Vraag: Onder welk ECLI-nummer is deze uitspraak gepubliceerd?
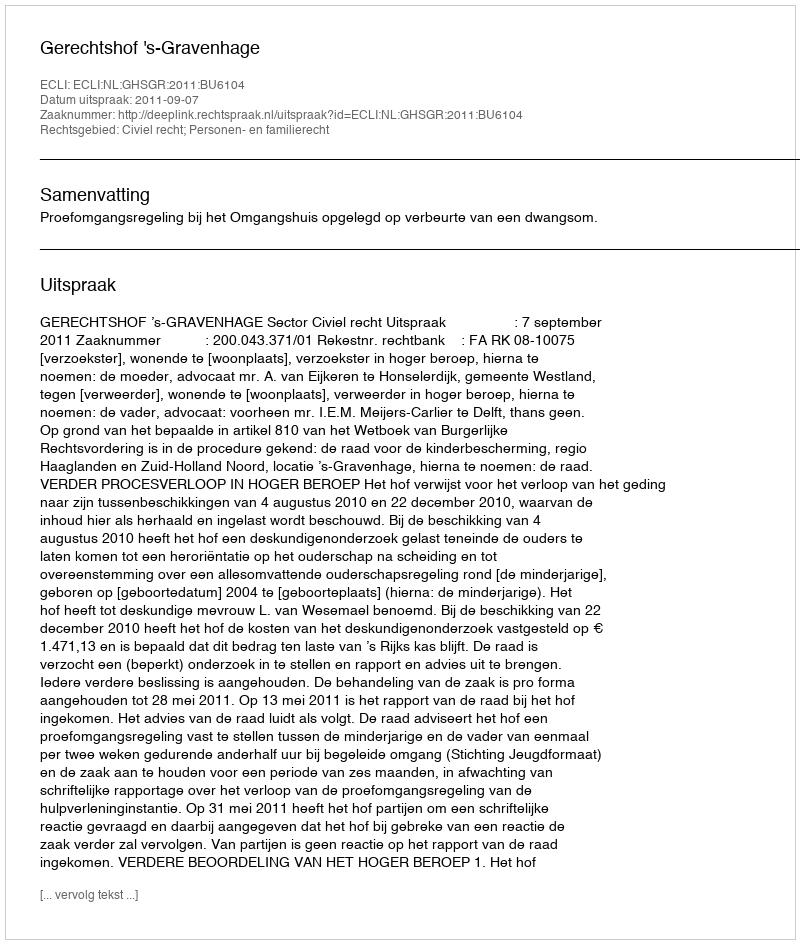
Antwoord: ECLI:NL:GHSGR:2011:BU6104